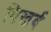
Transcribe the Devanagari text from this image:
विखर्ब